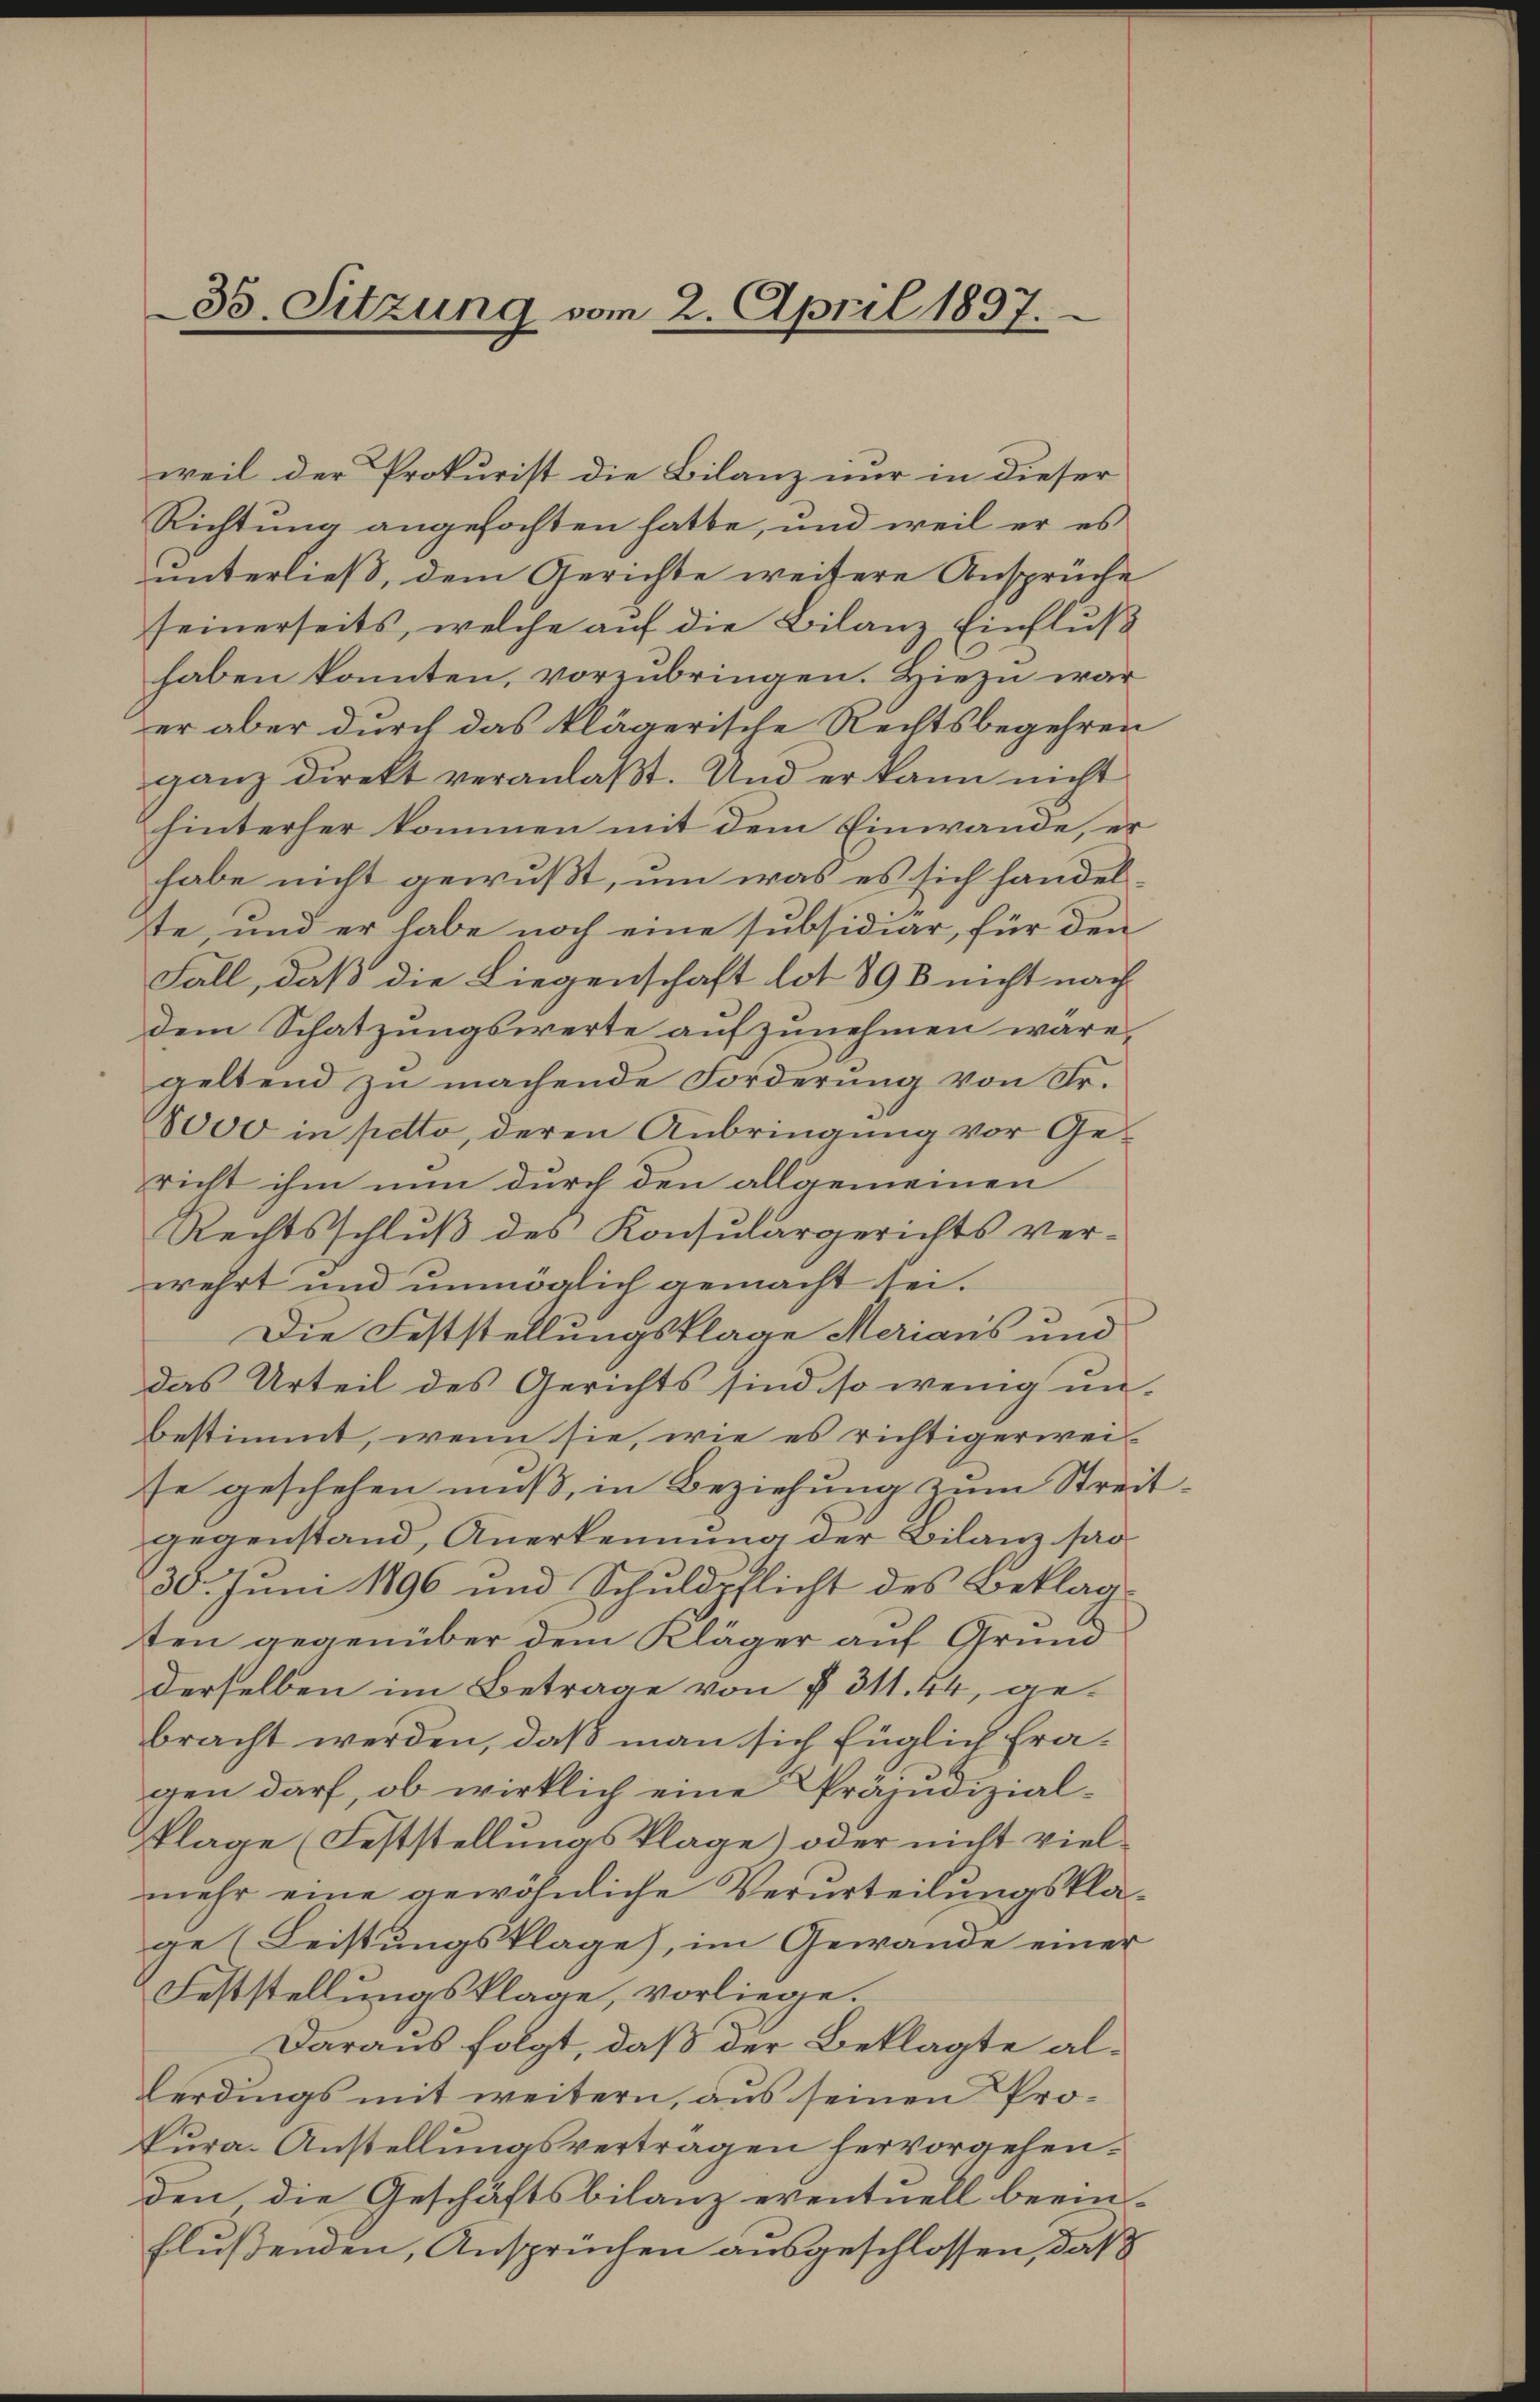
35. Sitzung vom 2. April 1897.

weil der Prokurist die Bilanz nur in dieser
Richtung angefochten hatte, und weil er es
unterließ, dem Gerichte weitere Ansprüche
seinerseits, welche auf die Bilanz Einfluß
haben konnten, vorzubringen. Hiezu war
er aber durch das klägerische Rechtsbegehren
ganz direkt veranlaßt. Und er kann nicht
hinterher kommen mit dem Einwande, er
habe nicht gewußt, um was es sich handel
te, und er habe noch eine subsidiar, für den
Fall, daß die Liegenschaft lot 898 nicht nach
dem Schatzungswerte aufzunehmen wäre,
geltend zu machende Forderung von Fr.
8000 in petto, deren Anbringung vor Gericht ihm nun durch den allgemeinen
Rechtsschluß des Konsulargerichts ver-
wehrt und unmöglich gemacht sei.
Die Feststellungsklage Merians und
das Urteil des Gerichts sind so wenig un-
bestimmt, wenn sie, wie es richtigerwei-
se geschehen muß, in Beziehung zum Streit
gegenstand, Anerkennung der Bilanz pro
30. Juni 1896 und Schuldpflicht des Beklagten gegenüber dem Kläger auf Grund
derselben im Betrage von § 311. 44, gebracht werden, daß man sich füglich Fragen darf, ob wirklich eine Präjudizialklage (Feststellungsklage) oder nicht vielmehr eine gewöhnliche Verurteilungsklage (Leistungsklage), im Gewände einer
Feststellungsklage, vorliege.
Daraus folgt, daß der Beklagte al¬
Lerdings mit weitern, aus seinen Prokura-Anstellungsvertragen hervorgehenden die Geschäftsbilanz eventuell beein-
flussenden, Ansprüchen ausgeschlossen, daß